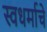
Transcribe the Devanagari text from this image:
स्वधर्माचे